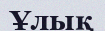
Ұлық